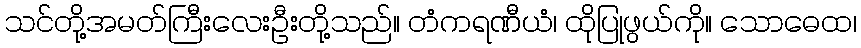
သင်တို့အမတ်ကြီးလေးဦးတို့သည်။ တံကရဏီယံ၊ ထိုပြုဖွယ်ကို။ သောဓေထ၊